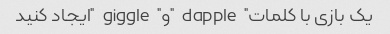
یک بازی با کلمات "dapple" و "giggle" ایجاد کنید